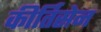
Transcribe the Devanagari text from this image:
कीर्तिसेन